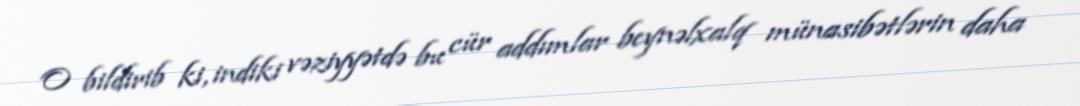
O bildirib ki, indiki vəziyyətdə bu cür addımlar beynəlxalq münasibətlərin daha